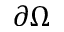
\partial \Omega